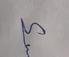
Signature authenticity: genuine